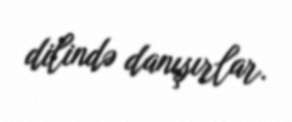
dilində danışırlar.